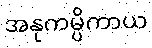
အနုကမ္ပိကာယ